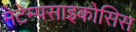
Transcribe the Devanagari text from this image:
मेटेम्पसाइकोसिस